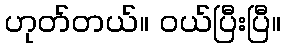
ဟုတ်တယ်။ ဝယ်ပြီးပြီ။